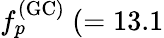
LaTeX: f_{p}^{\mathrm{(GC)}}~(=13.1